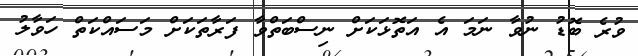
ވުރެ ބޮޑު ނުވާ ނަމަ އެ އަތޮޅަކަށް ނިސްބަތްވާ ފަރާތަކަށް މަސައްކަތް ހަވާލު